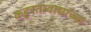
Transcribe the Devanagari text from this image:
कट्टरतावाद्यांच्या